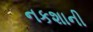
નકશાની